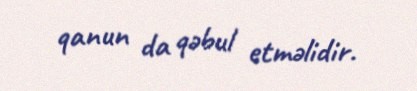
qanun da qəbul etməlidir.